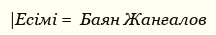
|Есімі =  Баян Жанғалов